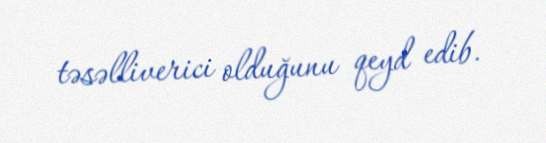
təsəlliverici olduğunu qeyd edib.